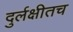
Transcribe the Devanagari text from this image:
दुर्लक्षीतच